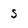
Character: s